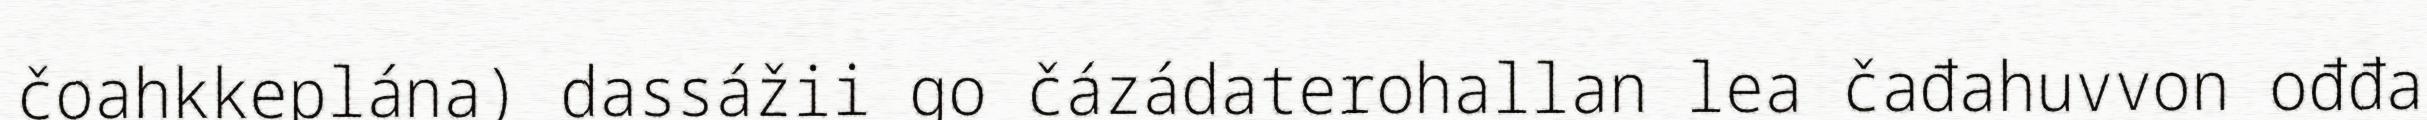
čoahkkeplána) dassážii go čázádaterohallan lea čađahuvvon ođđa